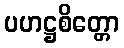
ပဟဋ္ဌစိတ္တော